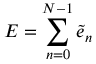
E = \sum _ { n = 0 } ^ { N - 1 } \tilde { e } _ { n }